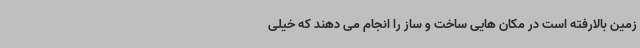
زمین بالارفته است در مکان هایی ساخت و ساز را انجام می دهند که خیلی